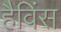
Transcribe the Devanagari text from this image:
हैविंस